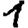
Digit: 1